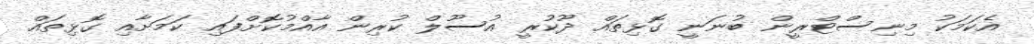
އެކަމަކު މިނިސްޓްރީން ބުނަނީ ގޮޅިތައް ދޫކުރީ އުސޫލް ކުރިން އާއްމުކޮށްފައި ކަމަށާއި ގޮޅިތައް